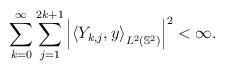
LaTeX: \begin{align*}\sum_{k=0}^\infty\sum_{j=1}^{2k+1}\left|\left\langle Y_{k,j},y\right\rangle_{L^2(\mathbb{S}^2)}\right|^2<\infty.\end{align*}